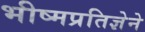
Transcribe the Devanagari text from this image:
भीष्मप्रतिज्ञेने